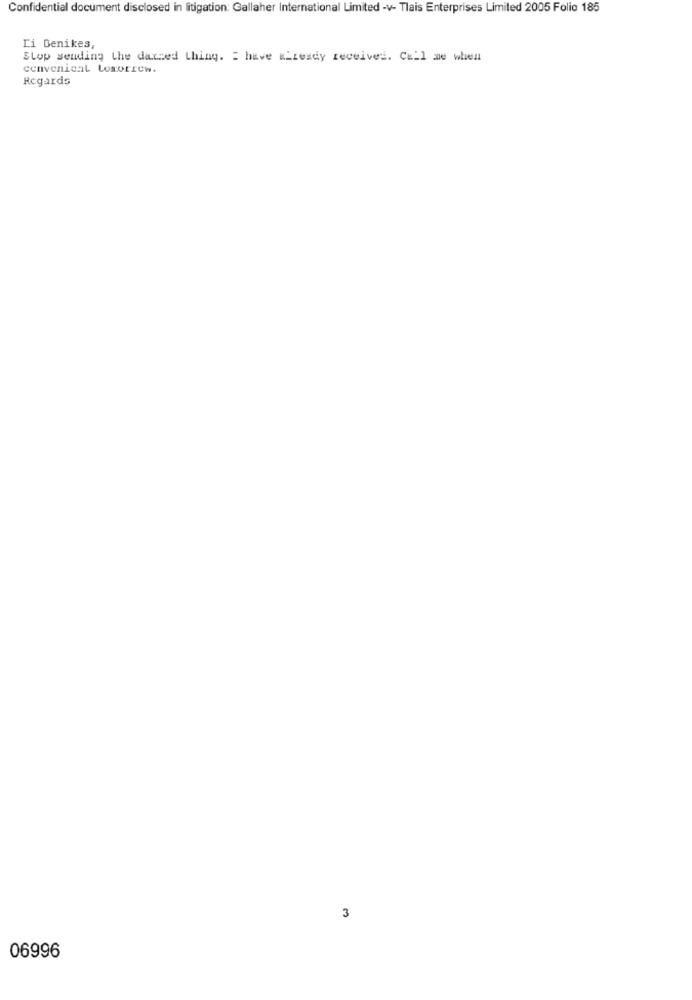
Confidential document disclosed in litigation: Gallaher International Limited -v- Tlais Enterprises Limited 2005 Folio 185
Li Denikes,
Slop sending the darned thing. = have w_ready received. Call me when
convenical Lomorrew.
Regards
3
06996